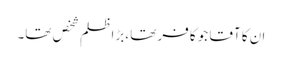
ان کا آقا جو کافر تھا ،بڑا ظلم شخص تھا۔